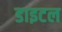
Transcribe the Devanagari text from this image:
डाइटल